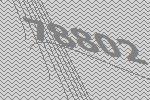
78802